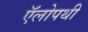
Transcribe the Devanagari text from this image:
ऍलोपथी